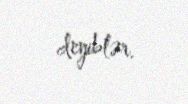
deyiblər.